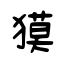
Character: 獏